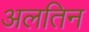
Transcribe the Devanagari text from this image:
अलतिन